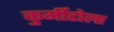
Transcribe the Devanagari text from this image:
कुर्मीटोला